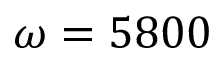
\omega = 5 8 0 0